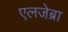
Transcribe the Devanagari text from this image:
एलजेब्रा